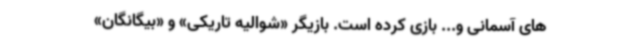
های آسمانی و... بازی کرده است. بازیگر «شوالیه تاریکی» و «بیگانگان»